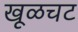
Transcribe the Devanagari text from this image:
खूळचट